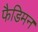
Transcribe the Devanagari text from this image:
फैडिमन